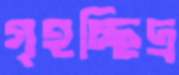
গৃহচ্ছিদ্র